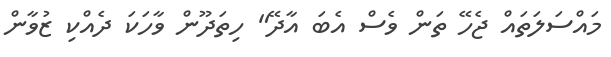
މައްސަލަތައް ޖެހޭ ތަން ވެސް އެބަ އާދޭ" ހިތަދޫން ވާހަކަ ދެއްކި ޒުވާން